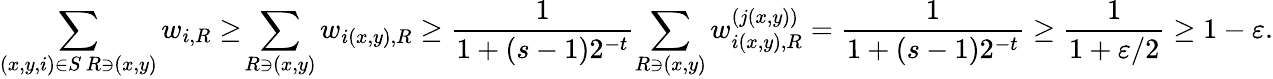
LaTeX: \sum_{\substack{(x,y,i)\in S\, R\ni(x,y)}}w_{i,R}\ge\! \sum_{R\ni(x,y)}w_{i(x,y),R}\ge\frac{1}{1+(s-1)2^{-t}}\! \sum_{R\ni(x,y)}w_{i(x,y),R}^{(j(x,y))}=\frac{1}{1+(s-1)2^{-t}}\ge\frac{1}{1+\varepsilon/2}\ge 1-\varepsilon.